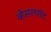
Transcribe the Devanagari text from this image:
व्हेसलसॅट